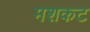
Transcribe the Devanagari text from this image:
मशकट